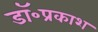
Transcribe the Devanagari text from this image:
डॉ॰प्रकाश